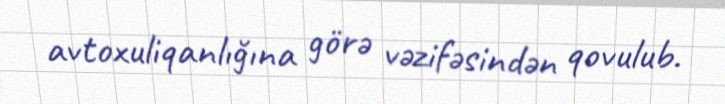
avtoxuliqanlığına görə vəzifəsindən qovulub.